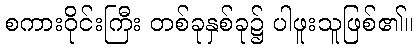
စကားဝိုင်းကြီး တစ်ခုနှစ်ခု၌ ပါဖူးသူဖြစ်၏။